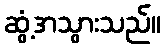
ဆွံ့အသွားသည်။